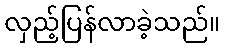
လှည့်ပြန်လာခဲ့သည်။